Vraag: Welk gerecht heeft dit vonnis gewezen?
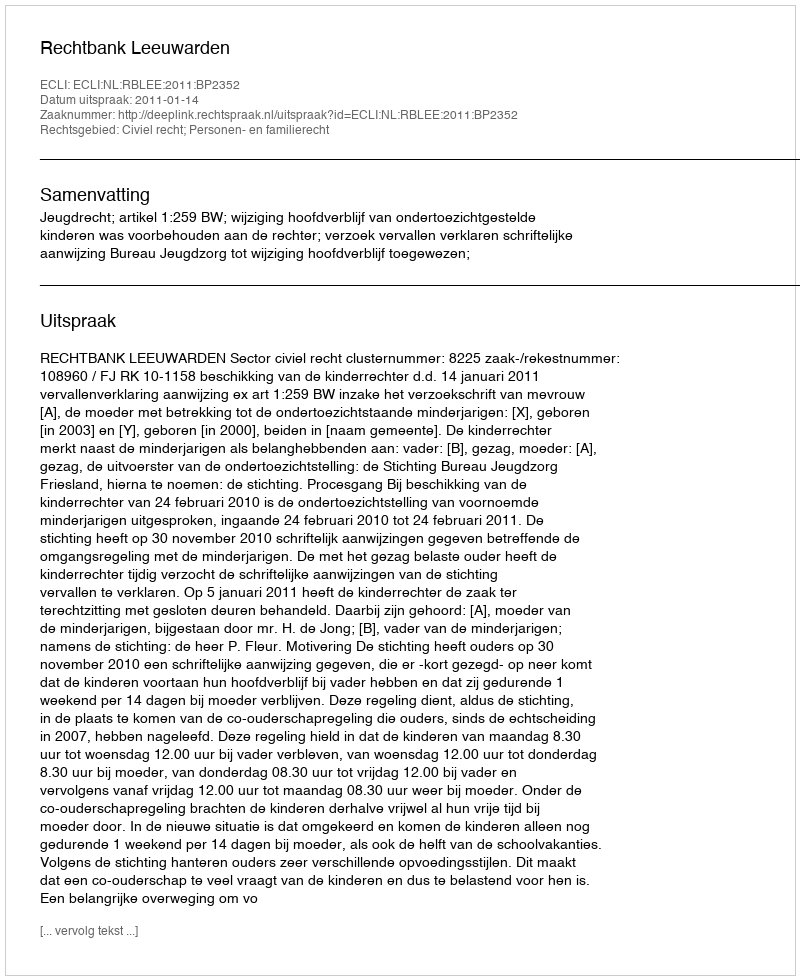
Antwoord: Rechtbank Leeuwarden